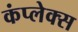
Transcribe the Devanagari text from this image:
कंप्लेक्स